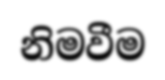
නිමවීම